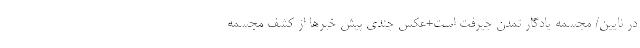
در نایین/ مجسمه یادگار تمدن جیرفت است+عکس چندی پیش خبرها از کشف مجسمه